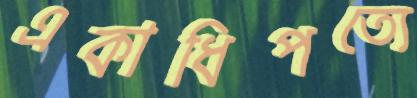
একাধিপত্যে